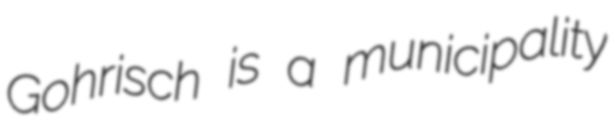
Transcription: Gohrisch is a municipality